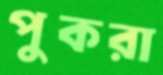
পুকরা